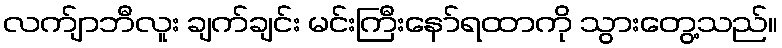
လက်ျာဘီလူး ချက်ချင်း မင်းကြီးနော်ရထာကို သွားတွေ့သည်။